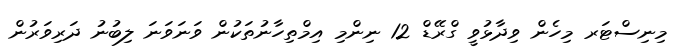
މިނިސްޓަރ މިހެން ވިދާޅުވީ ގްރޭޑް 12 ނިންމި އިމްތިހާނުތަކުން ވަނަވަނަ ލިބުނު ދަރިވަރުން